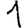
Digit: 1